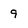
Character: 9